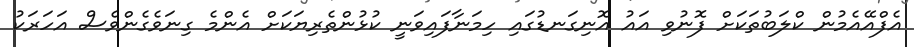
އެފްއޭއެމުން ކްލަބުތަކަށް ފޮނުވި އައު އޮނިގަނޑުގައި ހިމަނާފައިވަނީ ކުޅުންތެރިޔަކަށް އެންމެ ގިނަވެގެންވެސް އަހަރަކު